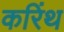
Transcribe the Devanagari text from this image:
करिंथ